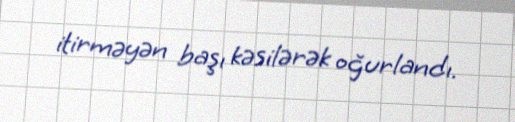
itirməyən başı kəsilərək oğurlandı.